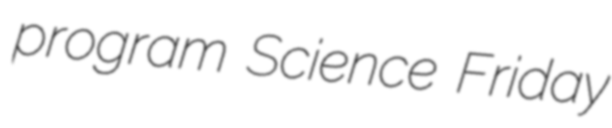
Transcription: program Science Friday